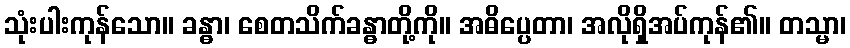
သုံးပါးကုန်သော။ ခန္ဓာ၊ စေတသိက်ခန္ဓာတို့ကို။ အဓိပ္ပေတာ၊ အလိုရှိအပ်ကုန်၏။ တသ္မာ၊